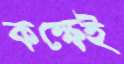
কক্ষেই